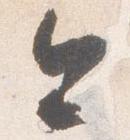
今